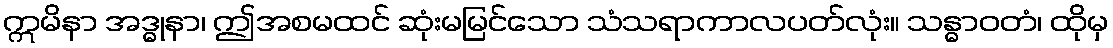
ဣမိနာ အဒ္ဓုနာ၊ ဤအစမထင် ဆုံးမမြင်သော သံသရာကာလပတ်လုံး။ သန္ဓာဝတံ၊ ထိုမှ